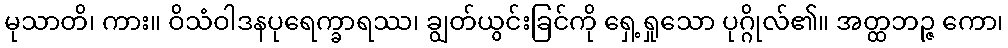
မုသာတိ၊ ကား။ ဝိသံဝါဒနပုရေက္ခာရဿ၊ ချွတ်ယွင်းခြင်ကို ရှေ့ရှုသော ပုဂ္ဂိုလ်၏။ အတ္ထဘဉ္ဇ ကော၊